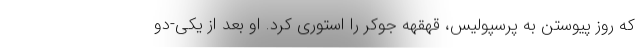
که روز پیوستن به پرسپولیس، قهقهه جوکر را استوری کرد. او بعد از یکی-دو